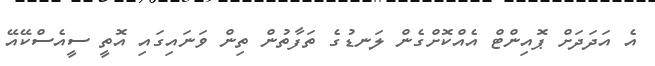
އެ އަދަދަށް ޕޮއިންޓް އެއްކޮށްގެން ލަނޑުގެ ތަފާތުން ތިން ވަނައިގައި އޮތީ ސީއެސްކޭއޭ